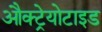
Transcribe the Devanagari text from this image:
औक्ट्रेयोटाइड